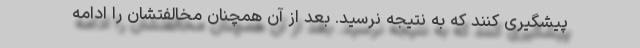
پیشگیری کنند که به نتیجه نرسید. بعد از آن همچنان مخالفتشان را ادامه